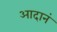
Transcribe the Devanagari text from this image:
आदानं